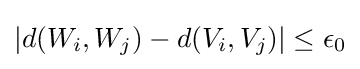
|d(W_{i},W_{j})-d(V_{i},V_{j})|\leq \epsilon _{0}